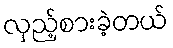
လှည့်စားခဲ့တယ်